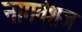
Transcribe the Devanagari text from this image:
नागवंशज